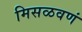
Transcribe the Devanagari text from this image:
मिसळवणं